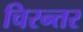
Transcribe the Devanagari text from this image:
चिरन्तर